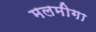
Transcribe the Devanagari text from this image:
मलमीगा